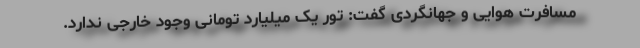
مسافرت هوایی و جهانگردی گفت: تور یک میلیارد تومانی وجود خارجی ندارد.